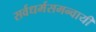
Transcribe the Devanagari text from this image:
सर्वधर्मसमन्‍वायी